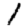
Digit: 1